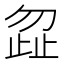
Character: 𭭩